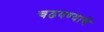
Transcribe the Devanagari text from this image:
चढवण्याचे